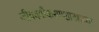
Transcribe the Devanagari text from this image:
जीववर्गीकरणशास्त्राच्या